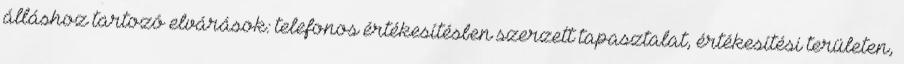
álláshoz tartozó elvárások: telefonos értékesítésben szerzett tapasztalat, értékesítési területen,